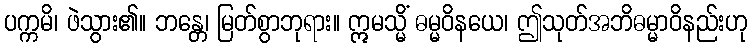
ပက္ကမိ၊ ဖဲသွား၏။ ဘန္တေ၊ မြတ်စွာဘုရား။ ဣမသ္မိံ ဓမ္မဝိနယေ၊ ဤသုတ်အဘိဓမ္မာဝိနည်းဟု